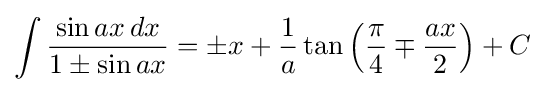
\int {\frac {\sin ax\,dx}{1\pm \sin ax}}=\pm x+{\frac {1}{a}}\tan \left({\frac {\pi }{4}}\mp {\frac {ax}{2}}\right)+C